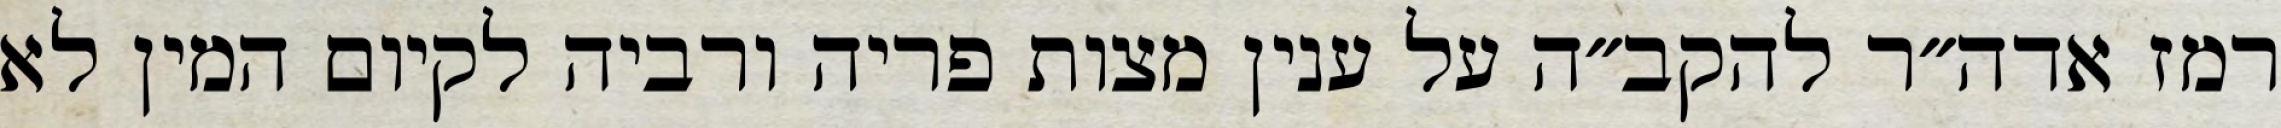
רמז אדה״ר להקב״ה על ענין מצות פריה ורביה לקיום המין לא